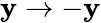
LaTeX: \mathbf{y}\rightarrow-\mathbf{y}